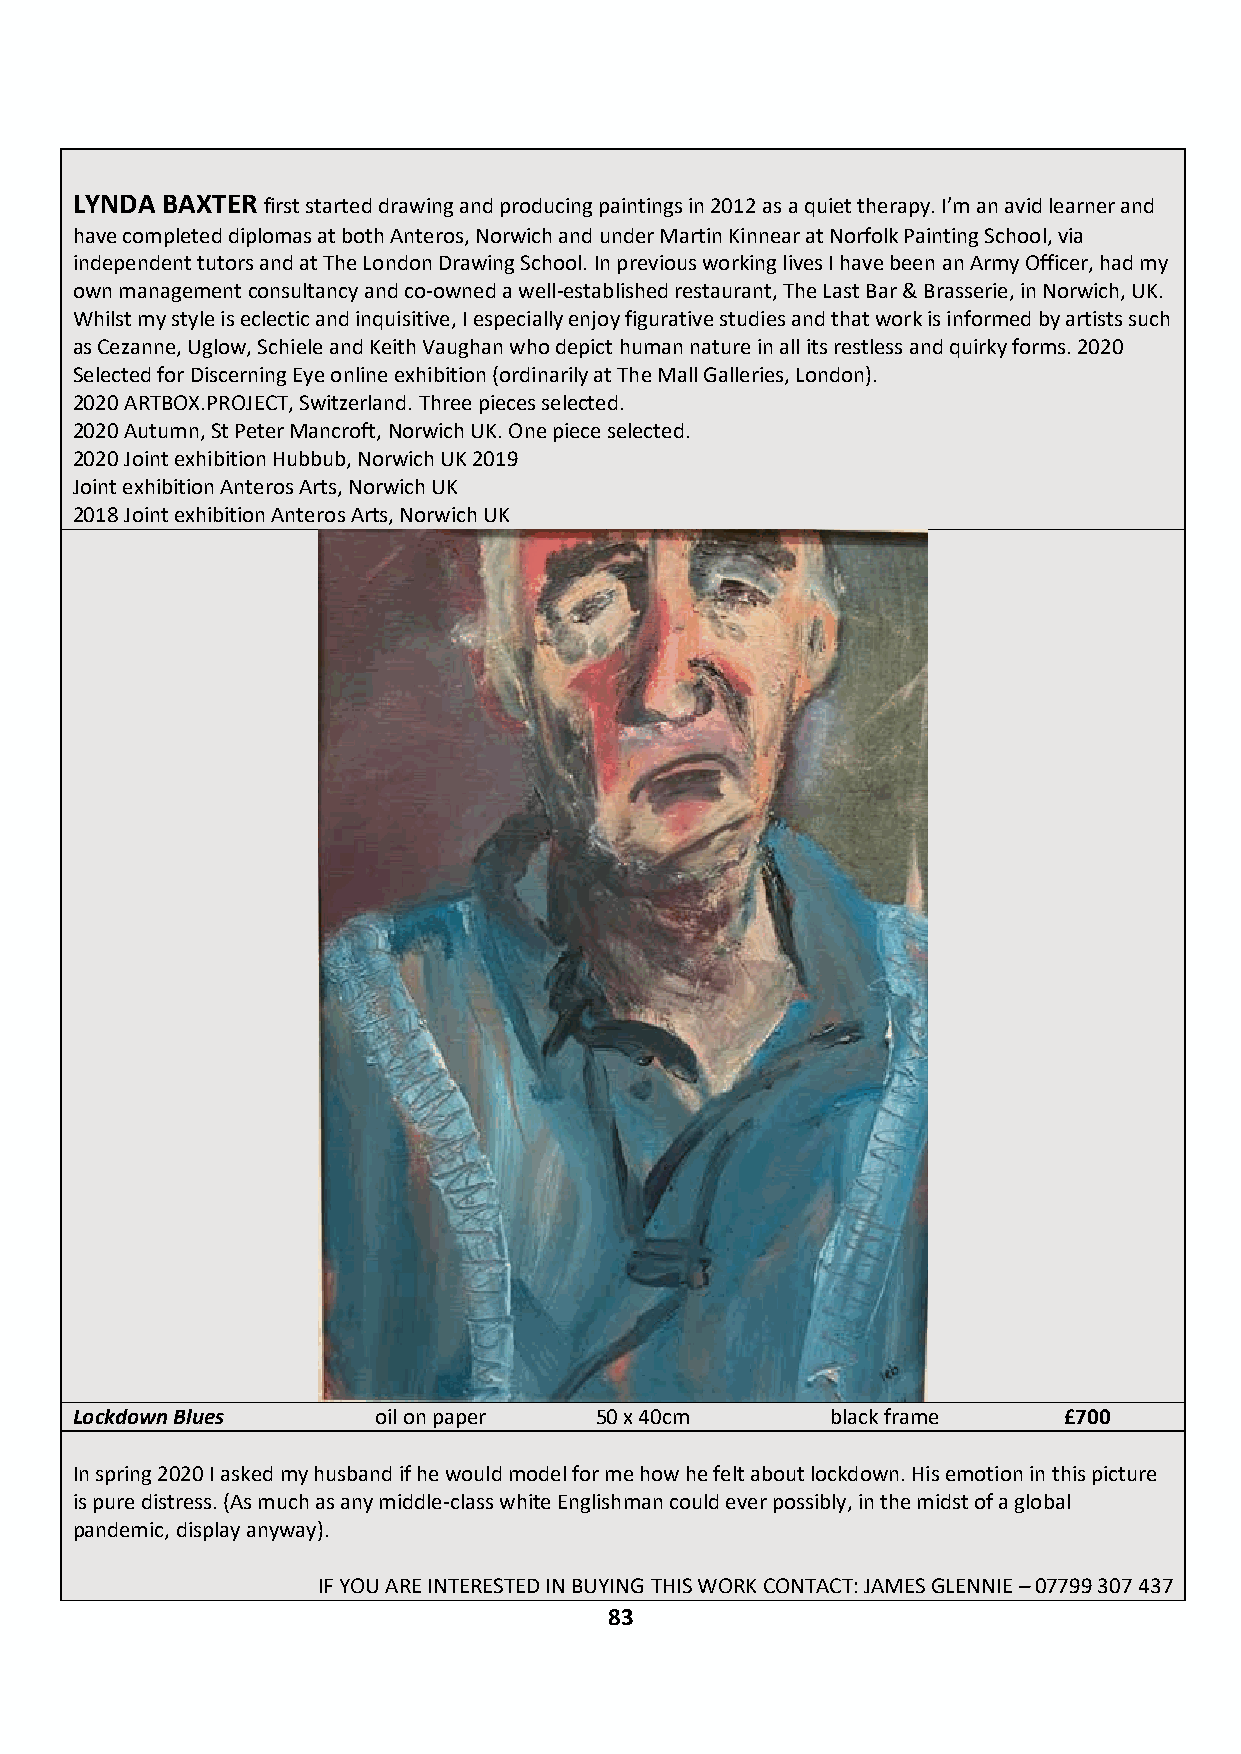
LYNDA BAXTER first started drawing and producing paintings in 2012 as a quiet therapy. I’m an avid learner and
 have completed diplomas at both Anteros, Norwich and under Martin Kinnear at Norfolk Painting School, via
 independent tutors and at The London Drawing School. In previous working lives I have been an Army Officer, had my
 own management consultancy and co-owned a well-established restaurant, The Last Bar & Brasserie, in Norwich, UK.
 Whilst my style is eclectic and inquisitive, I especially enjoy figurative studies and that work is informed by artists such
 as Cezanne, Uglow, Schiele and Keith Vaughan who depict human nature in all its restless and quirky forms. 2020
 Selected for Discerning Eye online exhibition (ordinarily at The Mall Galleries, London).
 2020 ARTBOX.PROJECT, Switzerland. Three pieces selected.
 2020 Autumn, St Peter Mancroft, Norwich UK. One piece selected.
 2020 Joint exhibition Hubbub, Norwich UK 2019
 Joint exhibition Anteros Arts, Norwich UK
 2018 Joint exhibition Anteros Arts, Norwich UK
 Lockdown Blues      oil on paper  50 x 40cm       black frame    £700
 In spring 2020 I asked my husband if he would model for me how he felt about lockdown. His emotion in this picture
 is pure distress. (As much as any middle-class white Englishman could ever possibly, in the midst of a global
 pandemic, display anyway).
 IF YOU ARE INTERESTED IN BUYING THIS WORK CONTACT: JAMES GLENNIE – 07799 307 437
 83